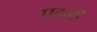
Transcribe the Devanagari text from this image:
एहली